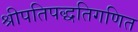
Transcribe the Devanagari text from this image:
श्रीपतिपद्धतिगणित